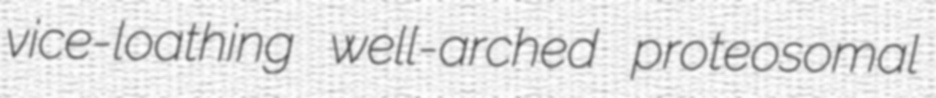
vice-loathing well-arched proteosomal